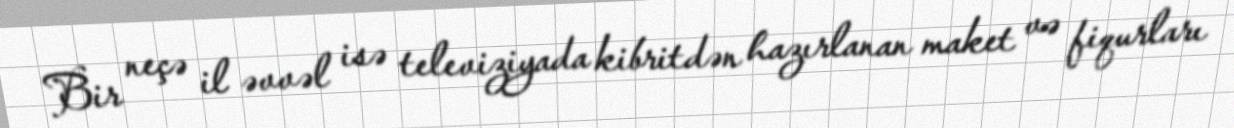
Bir neçə il əvvəl isə televiziyada kibritdən hazırlanan maket və fiqurları